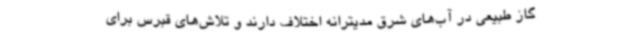
گاز طبیعی در آب‌های شرق مدیترانه اختلاف دارند و تلاش‌های قبرس برای